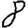
Digit: 8